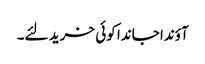
آؤندا جاندا کوئی خرید لئے۔